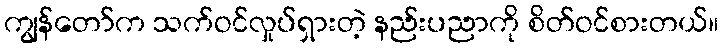
ကျွန်တော်က သက်ဝင်လှုပ်ရှားတဲ့ နည်းပညာကို စိတ်ဝင်စားတယ်။